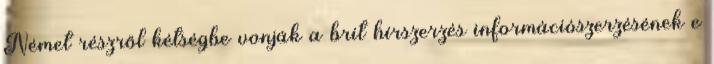
Német részről kétségbe vonják a brit hírszerzés információszerzésének e